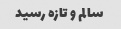
سالم و تازه رسید